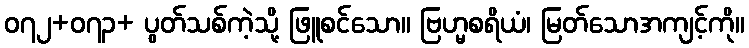
၀၇၂+၀၇၃+ ပွတ်သစ်ကဲ့သို့ ဖြူစင်သော။ ဗြဟ္မစရိယံ၊ မြတ်သောအကျင့်ကို။